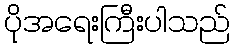
ပိုအရေးကြီးပါသည်